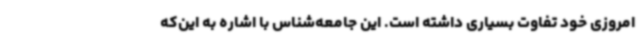
امروزی خود تفاوت بسیاری داشته است. این جامعه‌شناس با اشاره به این‌که